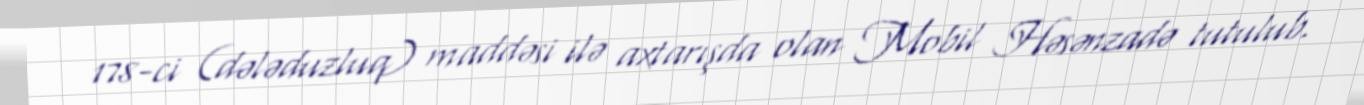
178-ci (dələduzluq) maddəsi ilə axtarışda olan Mobil Həsənzadə tutulub.